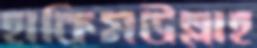
হাকিমউল্লাহ